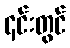
၄င်းတွင်